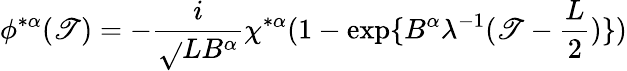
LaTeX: \phi^{*\alpha}(\mathscr{T})=-\frac{{i}}{{\sqrt{}{{L}}B^{\alpha}}}\chi^{*\alpha}(1-\exp\{ B^{\alpha}\lambda^{-1}(\mathscr{T}-\frac{{L}}{{2}})\} )